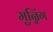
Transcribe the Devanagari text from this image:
मुन्निंग